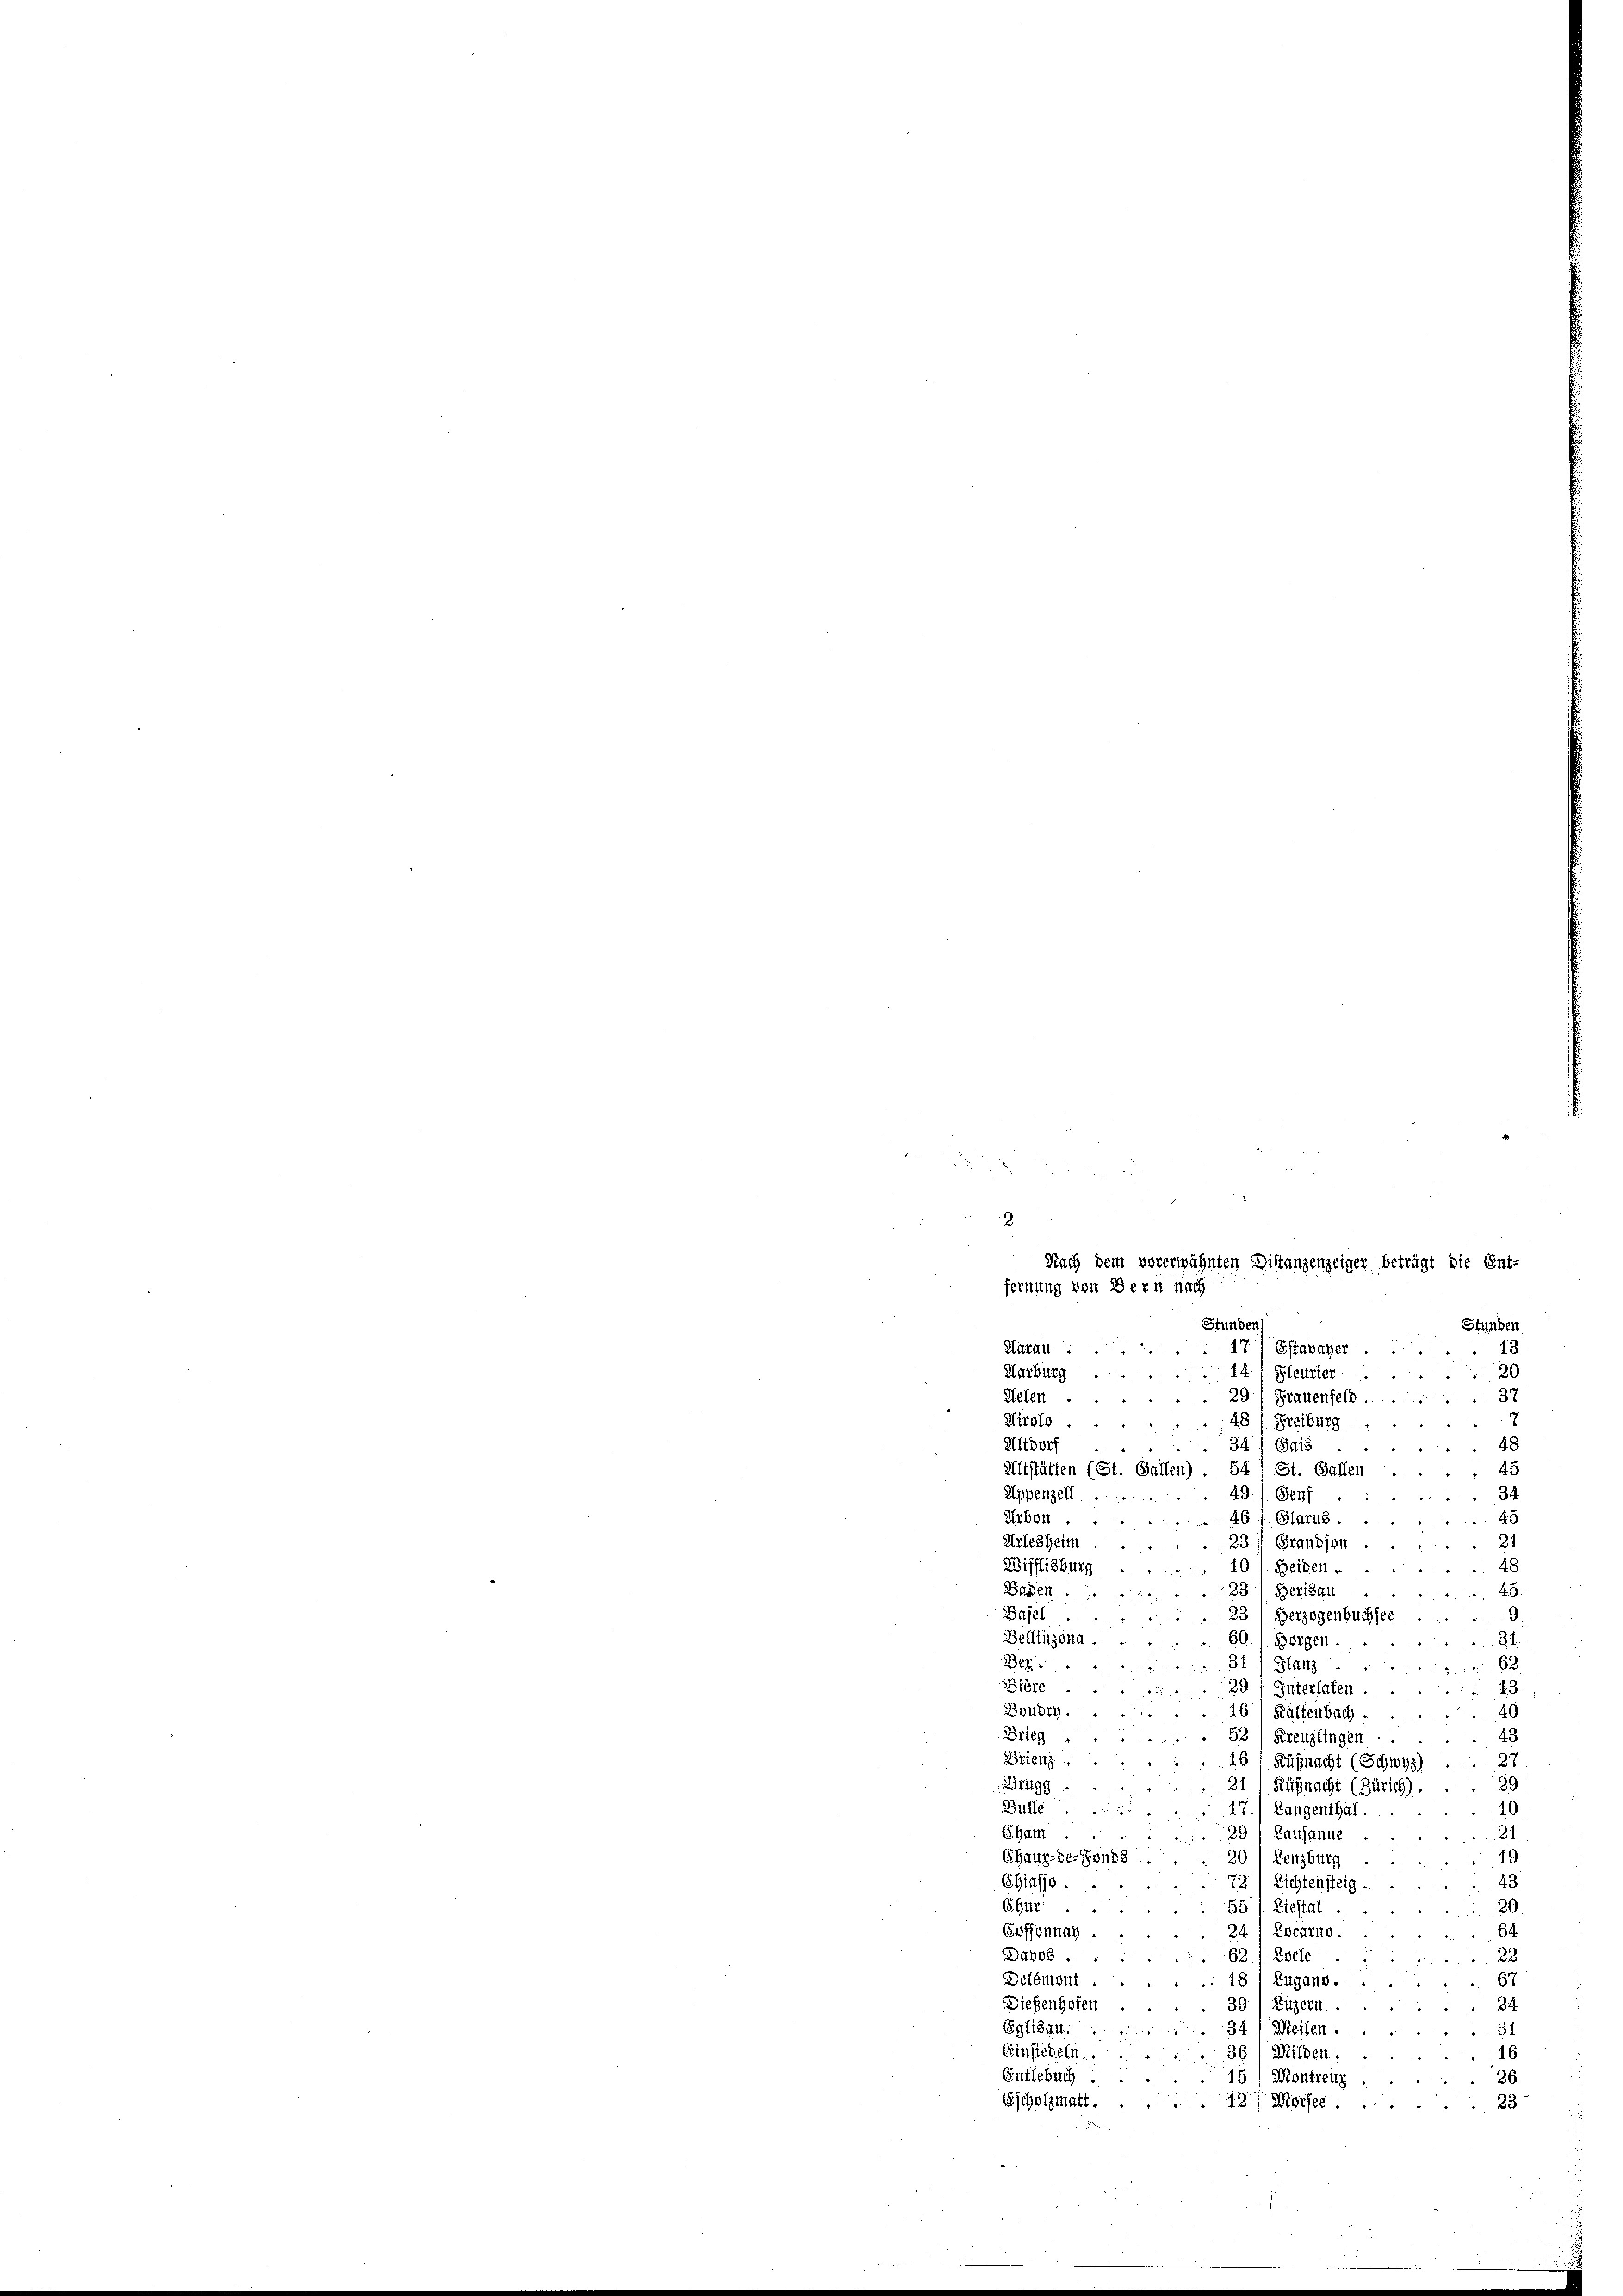
e
2
Nach dem vorerwähnten Distanzenzeiger beträgt die Ent-
fernung von Bern nach
Stunden
Stunden
Aarau
47. Estavayer.
13
14) Gleurier
20
Harburg
37
Selen
29) Frauenfeld.

Airolo
48l Freiburg
48
Altdorf
34 f. Sais.

45
Altstätten (St. Gallen)
54). St. Gallen
Appenzell
34
9./. 8847
Arbon.
461. Glarus.
45
Urlesheim
21
23. Grandson
Wifflisburg
4
10). Beiden.
Baden.
45.
33) Berisau
Basel
9
3) Berzogenbuchsee
Bellinzona.
31.
60. / Borgen.
31
62
Ber.
Glanz

Bière
13
29 (Interlafen
40
Boudry
16/ Kaltenbach.
Drieg
52 l. Kreuzlingen
43
Trienz
27
16: Küßnacht (Schwyz)
Brugg
39.
211 Küßnacht (Zürich).
Büffe
10
17, Langenthal.
r
21
Cham
29/ Lausanne
19
Chaux-de-Fonds
20) Lenzburg
43
Chiasso
72
Lichtensteig.
Chur
20
55/ Liestal.
64.
Sossonnay.
24; Locarno.
Davos
62 1 Esche
22
Delémont.
67
181 Zugano.
Dießenhofen
39/ Kitzern
34.
31
Eglisat
34/ Meilen.
16
Einstehen.
36/ Wilden.
Entlebuch.
15
Montreuz
26
Escholzmatt.
1/ Mörse 23